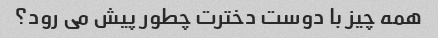
همه چیز با دوست دخترت چطور پیش می رود؟